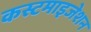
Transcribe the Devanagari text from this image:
कस्टमाइजेशन